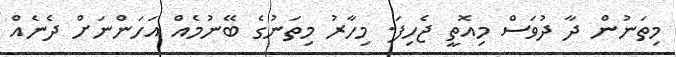
މިތަނުން ދާ ދުވަސް މިއޮތީ ޖެހިފަ. މިހާރު މިތަނުގެ ބޭނުމެއް އަހަންނަށް ދެނެއް